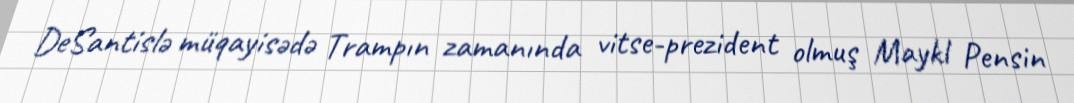
DeSantislə müqayisədə Trampın zamanında vitse-prezident olmuş Maykl Pensin